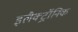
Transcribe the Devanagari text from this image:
इलैक्‍ट्रॉनिक